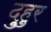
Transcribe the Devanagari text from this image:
दुहुर